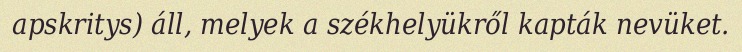
apskritys) áll, melyek a székhelyükről kapták nevüket.